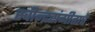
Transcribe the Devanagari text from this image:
रवीन्द्रसंगीताचे